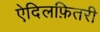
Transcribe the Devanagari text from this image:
ऐदिलफ़ितरी